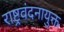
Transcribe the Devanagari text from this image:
राष्ट्रवंदनायुक्त